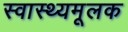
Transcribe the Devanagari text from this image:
स्वास्थ्यमूलक